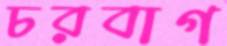
চরবাগ